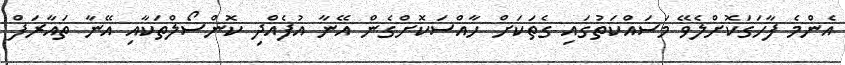
އެންމެ ފާހަގަކޮށްލެވޭ މަސައްކަތުގައި ގެތަކަށް ހާއްސަކޮށްގެން އޭނާ އުފެއްދި ކޮންސޯލްތަކާއި އޭނާ ތައާރަފް